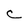
Character: C